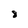
Character: 8